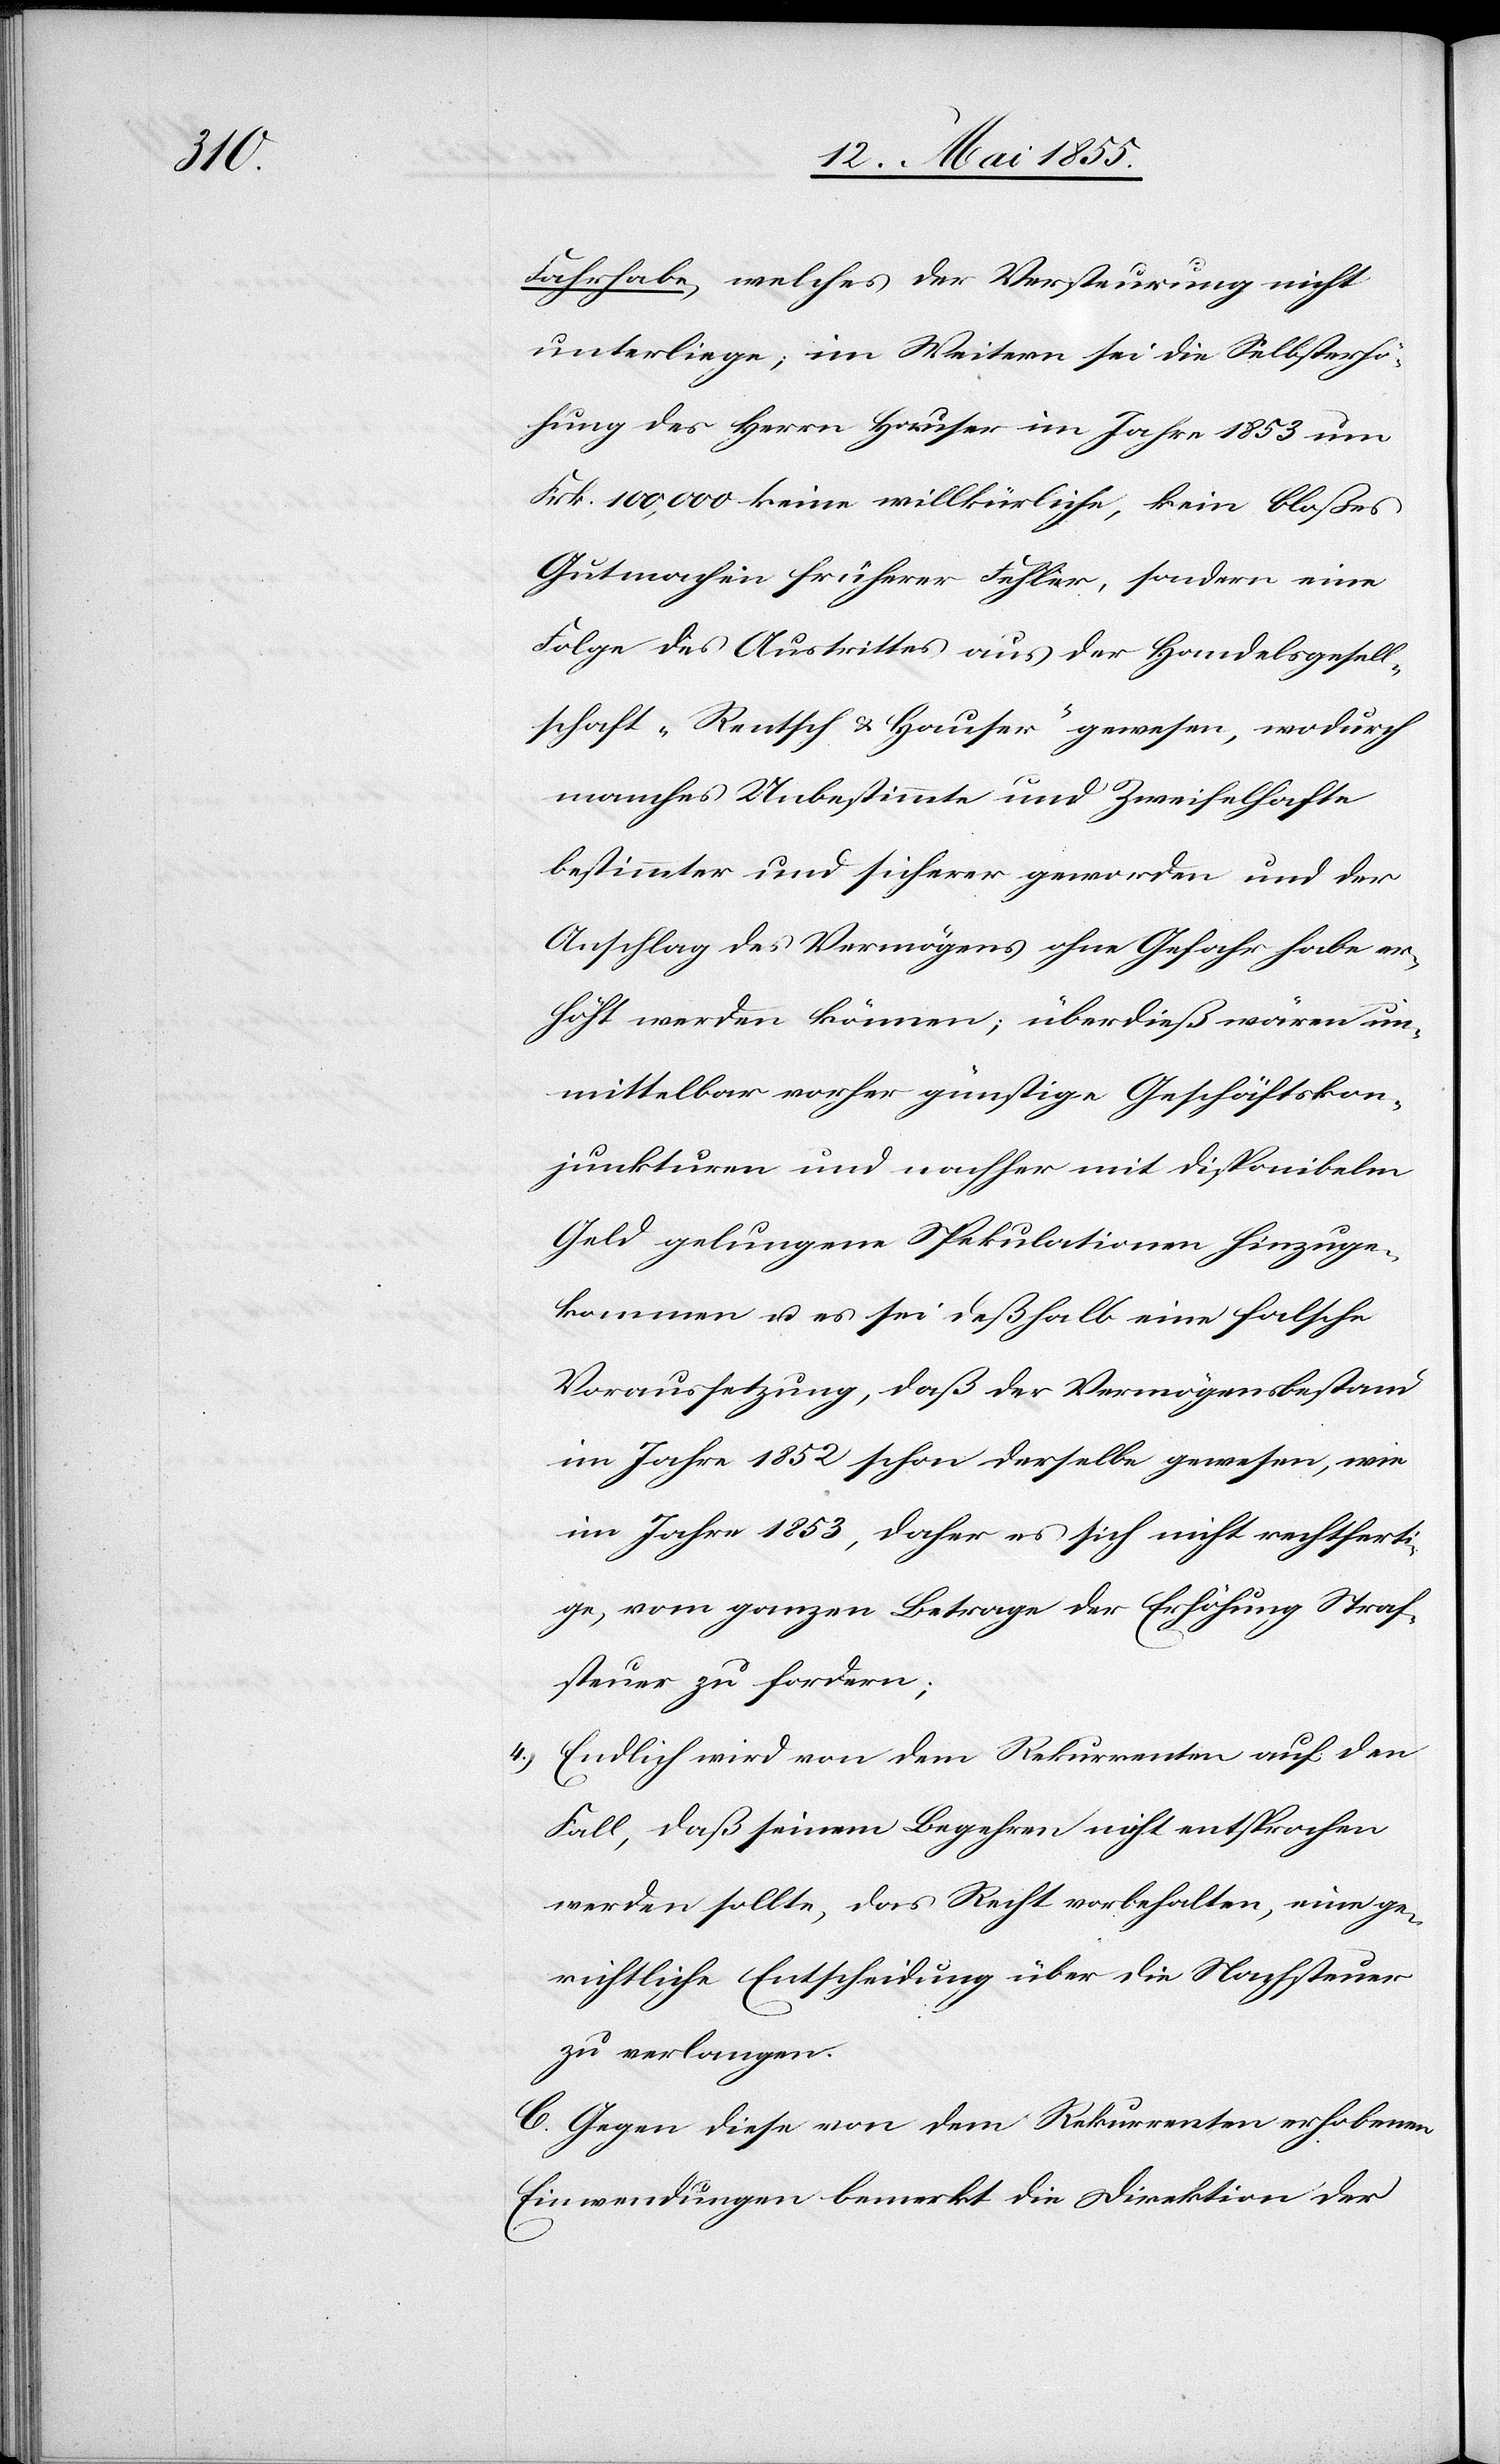
4.)

Fahrhabe, welches der Versteurung nicht
unterliege; im Weitern sei die Selbsterhö¬
hung des Herrn Hauser im Jahr 1853 um
Frk. 100,000 keine willkürliche, kein bloßes
Gutmachen früherer Fehler, sondern eine
Folge des Austrittes aus der Handelsgesell¬
schaft „Rentsch & Hauser“ gewesen, wodurch
manches Unbestimmte und Zweifelhafte
bestimmter und sicherer geworden und der
Anschlag des Vermögens ohne Gefahr habe er¬
höht werden können; überdieß wären un¬
mittelbar vorher günstige Geschäftskon¬
junkturen und nachher mit disponibelm
Geld gelungene Spekulationen hinzuge¬
kommen u. es sei deßhalb eine falsche
Voraussetzung, daß der Vermögensbestand
im Jahre 1852 schon derselbe gewesen, wie
im Jahre 1853, daher es sich nicht rechtferti¬
ge, vom ganzen Betrage der Erhöhung Straf¬
steuer zu fordern;
Endlich wird von dem Rekurrenten auf den
Fall, daß seinem Begehren nicht entsprochen
werden sollte, das Recht vorbehalten, eine ge¬
richtliche Entscheidung über die Nachsteuer
zu verlangen.
C. Gegen diese von dem Rekurrenten erhobenen
Einwendungen bemerkt die Direktion der